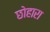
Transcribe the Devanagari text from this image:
छोहारा